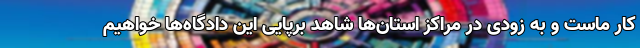
کار ماست و به زودی در مراکز استان‌ها شاهد برپایی این دادگاه‌ها خواهیم